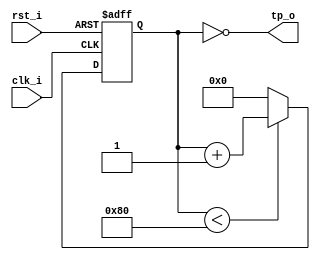
`timescale 1ns/1ps
/* Debouncer
* The TapTempo Project
* Fabien Marteau <mail@fabienm.eu>
*/

module timepulse #(
    parameter CLK_PER_NS = 40,
    parameter PULSE_PER_NS = 5120
)(
    /* clock and reset */
    input clk_i,
    input rst_i,
    /* output */
    output tp_o);

`define MAX_COUNT (PULSE_PER_NS/CLK_PER_NS)
`define MAX_COUNT_SIZE ($clog2(`MAX_COUNT))

/* Display parameters in simulation */
initial
begin
    $display("CLK_PER_NS     : %d", CLK_PER_NS );
    $display("PULSE_PER_NS   : %d", PULSE_PER_NS);
    $display("MAX_COUNT      : %x", `MAX_COUNT);
    $display("MAX_COUNT_SIZE : %x", `MAX_COUNT_SIZE);
end


reg [`MAX_COUNT_SIZE-1:0] counter = 0;

assign tp_o = (counter == 0);

always@(posedge clk_i or posedge rst_i)
begin
    if(rst_i)
    begin
        counter <= 0;
    end else begin
        if (counter < `MAX_COUNT)
        begin
            counter <= counter + 1'b1;
        end else begin
            counter <= 0;
        end
    end
end

/*********************/
/* Yosys formal part */
/*********************/
`ifdef FORMAL

    reg past_valid;

    reg [7:0] count_tp_o = 0;

    initial begin
        past_valid <= 1'b0;
        assume(rst_i);
    end

always @(posedge clk_i) begin
	past_valid <= 1'b1;

    if(past_valid)
        assume(!rst_i);

    if(tp_o)
        count_tp_o <= count_tp_o + 1'b1;

    cover(count_tp_o == 2);

    /* tp_o must be 1 cycle length */
    if(tp_o == 1'b1 && past_valid)
        assert($past(tp_o, 1) == !tp_o);

    /* counter should increase by 1 */
    if((counter != 0) && (counter != (`MAX_COUNT-1)) && past_valid && !rst_i)
        assert($past(counter) + 1'b1 == counter);

    if(($past(counter) == (`MAX_COUNT - 1)) && past_valid && !rst_i && !$past(rst_i))
        assert(tp_o);

    if(($past(counter) != (`MAX_COUNT - 1)) && past_valid && !rst_i && !$past(rst_i))
        assert(!tp_o);

    cover(tp_o);
    cover(counter == (`MAX_COUNT - 1));
end

`endif

endmodule